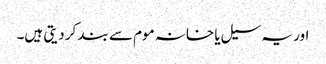
اور یہ سیل یا خانہ موم سے بند کر دیتی ہیں۔